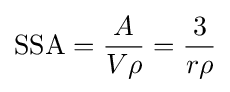
\mathrm {SSA} ={\frac {A}{V\rho }}={\frac {3}{r\rho }}